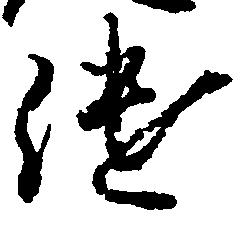
継